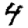
Digit: 4